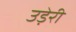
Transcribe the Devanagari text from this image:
उड़ेरी